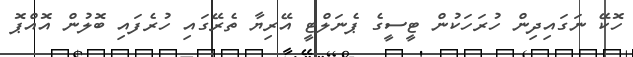
ހޮކޭ ނަގައިދިން ހުރަހަކުން ޓީސީގެ ޕެނަލްޓީ އޭރިޔާ ތެރޭގައި ހުރެފައި ބޮލުން އޮއްޕޮ